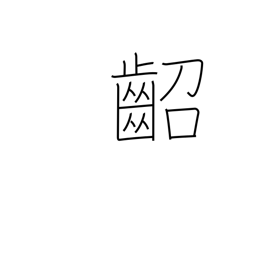
Meaning: young child